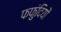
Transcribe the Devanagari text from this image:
फफुंदियों